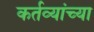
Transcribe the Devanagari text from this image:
कर्तव्यांच्या